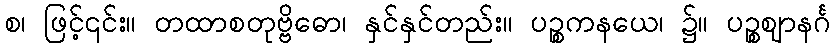
စ၊ ဖြင့်၎င်း။ တထာစတုဗ္ဗိဓော၊ နှင်နှင်တည်း။ ပဉ္စကနယေ၊ ၌။ ပဉ္စဈာနင်္ဂ